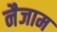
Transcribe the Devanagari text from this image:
नैजाम